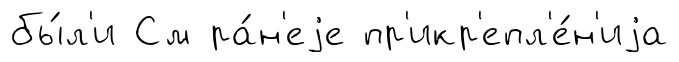
бы́л'и См ра́н'еjе пр'икр'епл'е́н'иjа